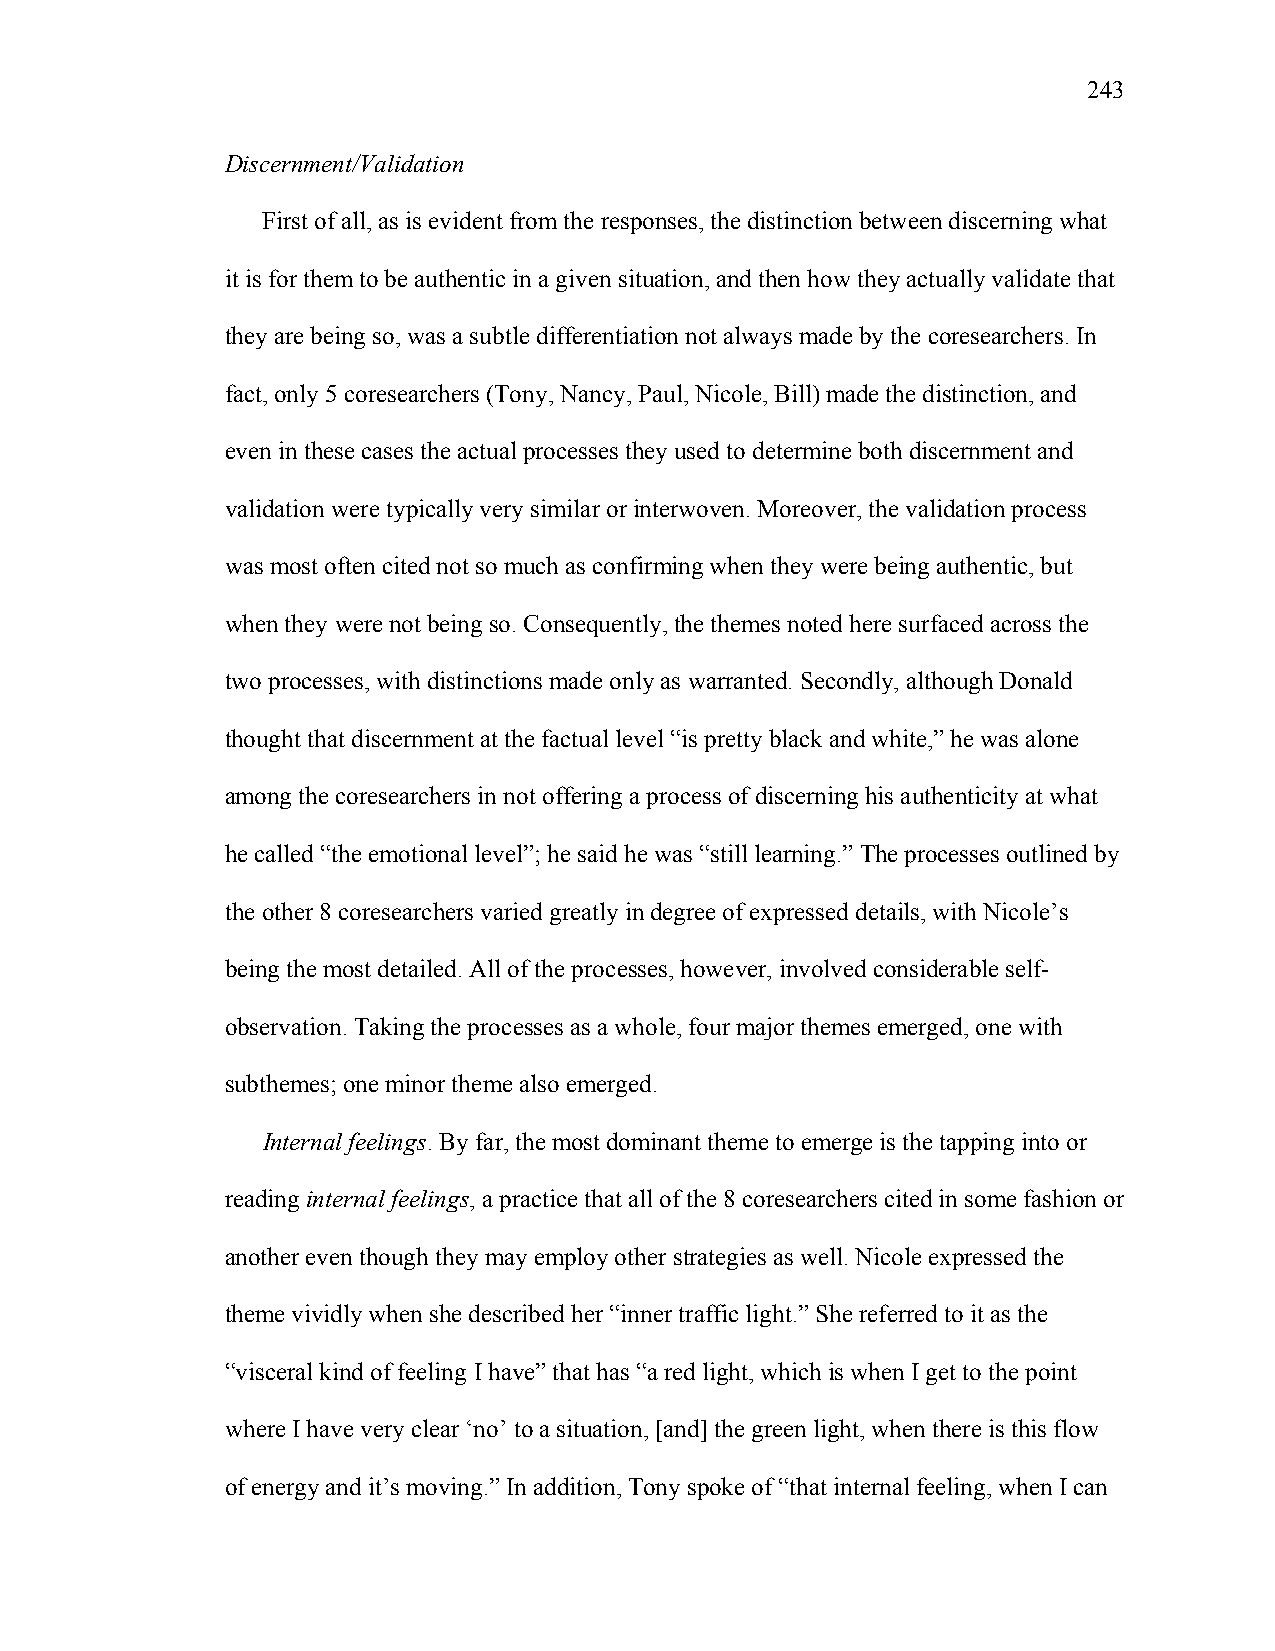
243
 Discernment/Validation
 First of all, as is evident from the responses, the distinction between discerning what
 it is for them to be authentic in a given situation, and then how they actually validate that
 they are being so, was a subtle differentiation not always made by the coresearchers. In
 fact, only 5 coresearchers (Tony, Nancy, Paul, Nicole, Bill) made the distinction, and
 even in these cases the actual processes they used to determine both discernment and
 validation were typically very similar or interwoven. Moreover, the validation process
 was most often cited not so much as confirming when they were being authentic, but
 when they were not being so. Consequently, the themes noted here surfaced across the
 two processes, with distinctions made only as warranted. Secondly, although Donald
 thought that discernment at the factual level “is pretty black and white,” he was alone
 among the coresearchers in not offering a process of discerning his authenticity at what
 he called “the emotional level”; he said he was “still learning.” The processes outlined by
 the other 8 coresearchers varied greatly in degree of expressed details, with Nicole’s
 being the most detailed. All of the processes, however, involved considerable self-
 observation. Taking the processes as a whole, four major themes emerged, one with
 subthemes; one minor theme also emerged.
 Internal feelings. By far, the most dominant theme to emerge is the tapping into or
 reading internal feelings, a practice that all of the 8 coresearchers cited in some fashion or
 another even though they may employ other strategies as well. Nicole expressed the
 theme vividly when she described her “inner traffic light.” She referred to it as the
 “visceral kind of feeling I have” that has “a red light, which is when I get to the point
 where I have very clear ‘no’ to a situation, [and] the green light, when there is this flow
 of energy and it’s moving.” In addition, Tony spoke of “that internal feeling, when I can